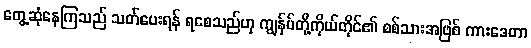
တွေ့ဆုံနေကြသည် သတ်ပေးရန် ရစေသည်ဟု ကျွန်ုပ်တို့ကိုယ်တိုင်၏ စစ်သားအဖြစ် ကားဒေတာ